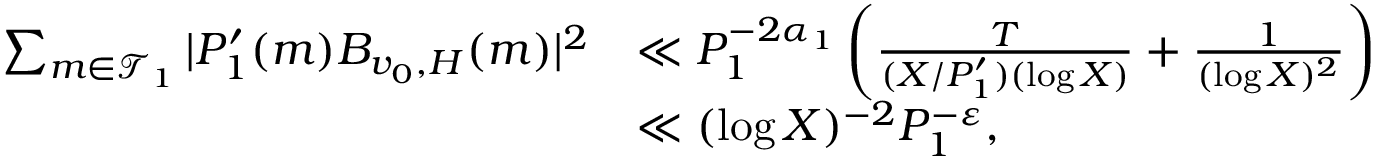
\begin{array} { r l } { \sum _ { m \in \mathcal { T } _ { 1 } } | P _ { 1 } ^ { \prime } ( m ) B _ { v _ { 0 } , H } ( m ) | ^ { 2 } } & { \ll P _ { 1 } ^ { - 2 \alpha _ { 1 } } \left( \frac { T } { ( X / P _ { 1 } ^ { \prime } ) ( \log X ) } + \frac { 1 } { ( \log X ) ^ { 2 } } \right) } \\ & { \ll ( \log X ) ^ { - 2 } P _ { 1 } ^ { - \varepsilon } , } \end{array}